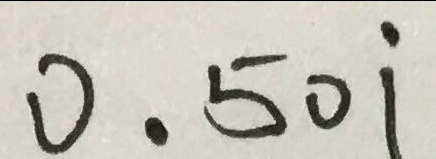
0 . 5 0 \dot { 1 }